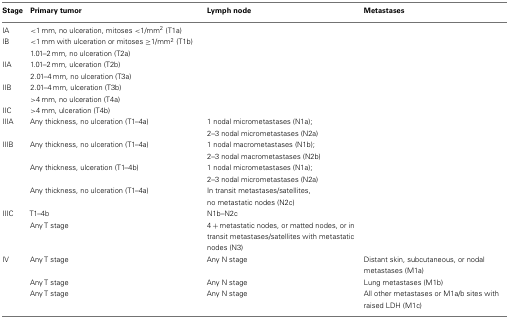
| Stage | Primary tumor | Lymph node | Metastases |
 | --- | --- | --- | --- |
 | IA | <1 mm, no ulceration, mitoses <1/mm2 (T1a) |  |  |
 | IB | <1 mm with ulceration or mitoses ≥1/mm2 (T1b) |  |  |
 |  | 1.01–2 mm, no ulceration (T2a) |  |  |
 | IIA | 1.01–2 mm, ulceration (T2b) |  |  |
 |  | 2.01–4 mm, no ulceration (T3a) |  |  |
 | IIB | 2.01–4 mm, ulceration (T3b) |  |  |
 |  | >4 mm, no ulceration (T4a) |  |  |
 | IIC | >4 mm, ulceration (T4b) |  |  |
 | IIIA | Any thickness, no ulceration (T1–4a) | 1 nodal micrometastases (N1a); 2–3 nodal micrometastases (N2a) |  |
 | IIIB | Any thickness, no ulceration (T1–4a) | 1 nodal macrometastases (N1b); 2–3 nodal macrometastases (N2b) |  |
 |  | Any thickness, ulceration (T1–4b) | 1 nodal micrometastases (N1a); 2–3 nodal micrometastases (N2a) |  |
 |  | Any thickness, no ulceration (T1–4a) | In transit metastases/satellites, no metastatic nodes (N2c) |  |
 | IIIC | T1–4b | N1b–N2c |  |
 |  | Any T stage | 4 + metastatic nodes, or matted nodes, or in transit metastases/satellites with metastatic nodes (N3) |  |
 | IV | Any T stage | Any N stage | Distant skin, subcutaneous, or nodal metastases (M1a) |
 |  | Any T stage | Any N stage | Lung metastases (M1b) |
 |  | Any T stage | Any N stage | All other metastases or M1a/b sites with raised LDH (M1c) |